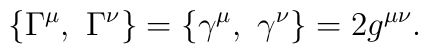
\{\Gamma^\mu,~\Gamma^\nu \} = \{\gamma^\mu,~\gamma^\nu\} = 2g^{\mu\nu}.